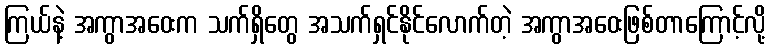
ကြယ်နဲ့ အကွာအဝေးက သက်ရှိတွေ အသက်ရှင်နိုင်လောက်တဲ့ အကွာအဝေးဖြစ်တာကြောင့်လို့